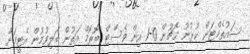
ސައުތެމްޓަން ކުޅުނު މެޗުން 0-1 އިން ވެސްޓް ބޮރޮމް އަތުން ބަލިވުމުން އެޓީމަށް